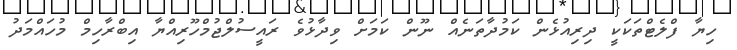
ހިޔާ ފްލެޓްތަކަކީ ދިރިއުޅެން ކަމުދާތަނެއް ނޫން ކަމަށް ވިދާޅުވެ ރައީސުލްޖުމްހޫރިއްޔާ އިބްރާހިމް މުހައްމަދު